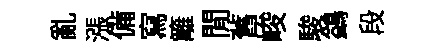
亂漲備寫籬閒舊峻駿鷁段